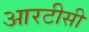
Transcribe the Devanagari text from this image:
आरटीसी